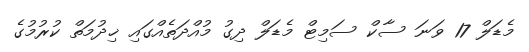
މެޑަލް 17 ވަނަ ސާކް ސަމިޓް މެޑަލް ދިގު މުއްދަތެއްގައި ޚިދުމަތް ކުރުމުގެ